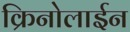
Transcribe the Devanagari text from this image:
क्रिनोलाईन